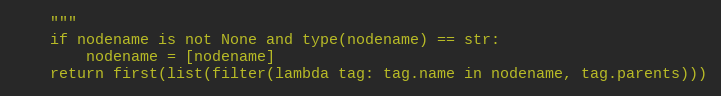
Language: Python
    """
    if nodename is not None and type(nodename) == str:
        nodename = [nodename]
    return first(list(filter(lambda tag: tag.name in nodename, tag.parents)))